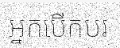
អ្នកបើកបរ